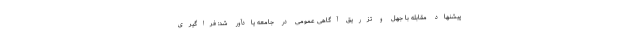
پیشنهاد مقابله با جهل و تزریق آگاهی عمومی در جامعه یادآور شد: فراگیری